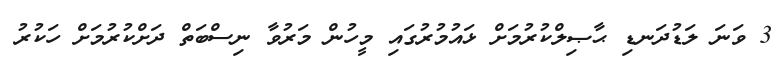
3 ވަނަ ލަޑުދަނޑި ޙާޞިލްކުރުމަށް ޅައުމުރުގައި މީހުން މަރުވާ ނިސްބަތް ދަށްކުރުމަށް ހަކުރު